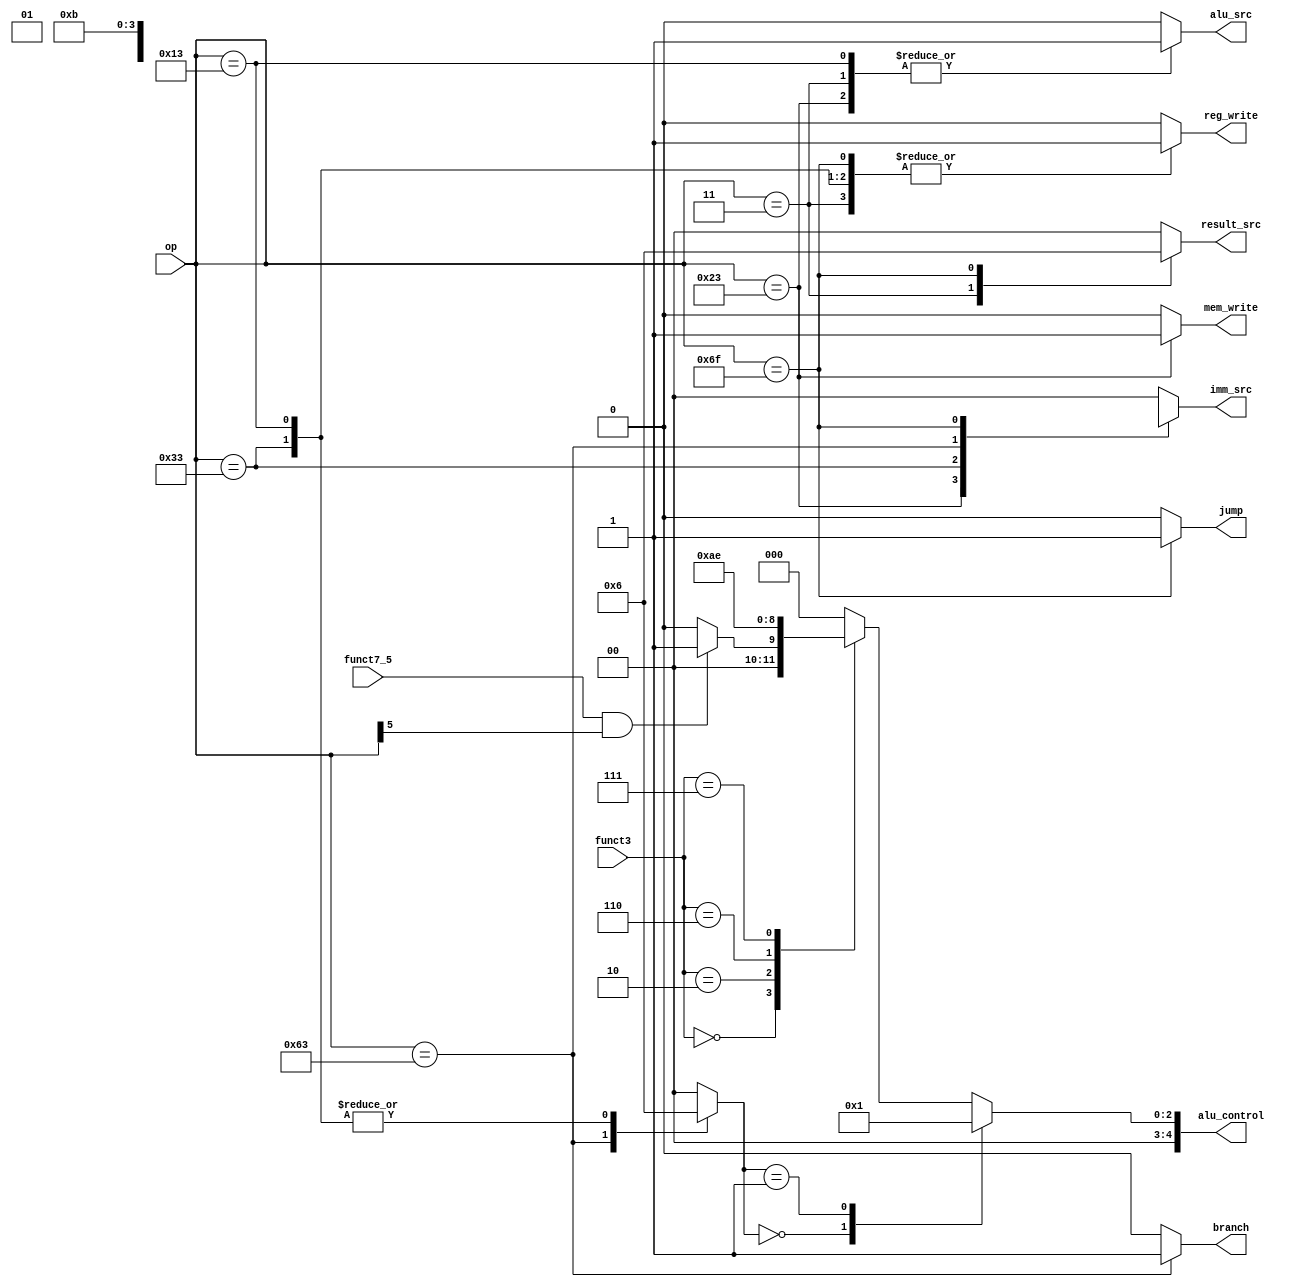
`default_nettype none
`timescale 1ns/1ns

// alu_control signal values
`define ALU_CONTROL_ADD   5'd0
`define ALU_CONTROL_SUB   5'd1
`define ALU_CONTROL_SLT   5'd2
`define ALU_CONTROL_SLTU  5'd3
`define ALU_CONTROL_XOR   5'd4
`define ALU_CONTROL_OR    5'd5
`define ALU_CONTROL_AND   5'd6
`define ALU_CONTROL_SLL   5'd7
`define ALU_CONTROL_SRL   5'd8
`define ALU_CONTROL_SRA   5'd9

// op signal values
`define OP_LW             7'b0000011
`define OP_SW             7'b0100011
`define OP_R_TYPE         7'b0110011
`define OP_BEQ            7'b1100011
`define OP_I_TYPE_ALU     7'b0010011
`define OP_JAL            7'b1101111


module control_unit (
    input wire [6:0] op,
    input wire [2:0] funct3,
    input wire funct7_5,
    output reg reg_write, // write to register. instructions with rd
            mem_write, // write to memory. S type
            jump, // jal
            branch, // beq
            alu_src, // 0 when using a register as src_b
    output reg [1:0] result_src, // 01 for S type, 10 for jal
            imm_src, // 00 for type I, 01 for type S, 10 for type B, 11 for jal
    output reg [4:0] alu_control
    // input wire [127:0] inst,
    // input wire clk
    );
    
    //RegWrite, ImmSrc, ALUSrc, MemWrite, ResultSrc, Branch, ALUOp, Jump}

    reg [1:0] alu_op;

    // initial begin
    //     jump = 0;
    //     branch = 0;
    // end
    always @(*) begin
        case (op)
            `OP_LW: begin // 1_00_1_0_01_0_00_0;
                reg_write <= 1'b1 ;
                imm_src <= 2'b00 ;
                alu_src <= 1'b1 ;
                mem_write <= 1'b0 ;
                result_src <= 2'b01 ;
                branch <= 1'b0 ;
                alu_op <= 2'b00 ;
                jump <= 1'b0 ;
            end
            `OP_SW: begin // 0_01_1_1_00_0_00_0;
                reg_write <= 1'b0 ;
                imm_src <= 2'b01 ;
                alu_src <= 1'b1 ;
                mem_write <= 1'b1 ;
                result_src <= 2'b00 ;
                branch <= 1'b0 ;
                alu_op <= 2'b00 ;
                jump <= 1'b0 ;
            end
            `OP_R_TYPE: begin // 1_xx_0_0_00_0_10_0;
                reg_write <= 1'b1 ;
                imm_src <= 2'bxx ;
                alu_src <= 1'b0 ;
                mem_write <= 1'b0 ;
                result_src <= 2'b00 ;
                branch <= 1'b0 ;
                alu_op <= 2'b10 ;
                jump <= 1'b0 ;
            end
            `OP_BEQ: begin // 0_10_0_0_00_1_01_0;
                reg_write <= 1'b0 ;
                imm_src <= 2'b10 ;
                alu_src <= 1'b0 ;
                mem_write <= 1'b0 ;
                result_src <= 2'b00 ;
                branch <= 1'b1 ;
                alu_op <= 2'b01 ;
                jump <= 1'b0 ;
            end
            `OP_I_TYPE_ALU: begin // 1_00_1_0_00_0_10_0; 
                reg_write <= 1'b1 ;
                imm_src <= 2'b00 ;
                alu_src <= 1'b1 ;
                mem_write <= 1'b0 ;
                result_src <= 2'b00 ;
                branch <= 1'b0 ;
                alu_op <= 2'b10 ;
                jump <= 1'b0 ;
            end
            `OP_JAL: begin // b1_11_0_0_10_0_00_1;
                reg_write <= 1'b1 ;
                imm_src <= 2'b11 ;
                alu_src <= 1'b0 ;
                mem_write <= 1'b0 ;
                result_src <= 2'b10 ;
                branch <= 1'b0 ;
                alu_op <= 2'b00 ;
                jump <= 1'b1 ;
            end
            default: begin
                reg_write <= 1'b0 ;
                imm_src <= 2'b00 ;
                alu_src <= 1'b0 ;
                mem_write <= 1'b0 ;
                result_src <= 2'b00 ;
                branch <= 1'b0 ;
                alu_op <= 2'b00 ;
                jump <= 1'b0 ;
            end
        endcase
    end

    wire r_type_sub;
    assign r_type_sub = funct7_5 & op[5];

    always @(*) begin
        case(alu_op)
            2'b00: alu_control = `ALU_CONTROL_ADD; // addition
            2'b01: alu_control = `ALU_CONTROL_SUB; // subtraction
            default: case(funct3) // Rtype or Itype ALU
                        3'b000: if (r_type_sub)
                                alu_control = `ALU_CONTROL_SUB; // sub
                            else
                                alu_control = `ALU_CONTROL_ADD; // add, addi
                        3'b010: alu_control = `ALU_CONTROL_SLT; // slt, slti
                        3'b110: alu_control = `ALU_CONTROL_OR; // or, ori
                        3'b111: alu_control = `ALU_CONTROL_AND; // and, andi
                        default: alu_control = 5'b0; // ???
                     endcase
        endcase
       
    end


    // `ifdef FORMAL
    //     initial assume(reset);
    //     // initial assume(reg_file[0] == 32'b0);
    //     always @(posedge clk) begin
    //         cover (reg_file[0] != 0);
    //     end
    // `endif

    // `ifdef COCOTB_SIM
    // initial begin
    // $dumpfile ("control_unit.vcd");
    // $dumpvars (0, control_unit);
    // #1;
    // end
    // `endif
endmodule